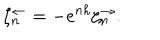
\zeta _ { n } ^ { \leftarrow } = - e ^ { n h } \zeta _ { n } ^ { \rightarrow } .